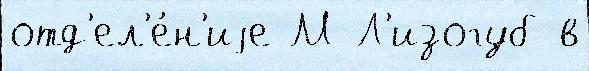
отд'ел'е́н'иjе М Л'изогуб в